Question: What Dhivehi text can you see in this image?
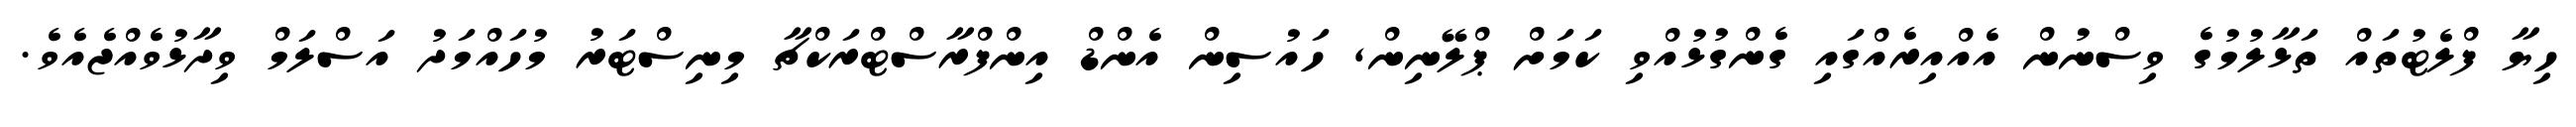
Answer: ހިޔާ ފްލެޓުތައް ތަޅާލުމުގެ ވިސްނުން އެއްއިރެއްގައި ގެންގުޅުއްވި ކަމަށް ޕްލޭނިން, ހައުސިން އެންޑް އިންފްރާސްޓްރަކްޗާ މިނިސްޓަރު މުހައްމަދު އަސްލަމް ވިދާޅުވެއްޖެއެވެ.